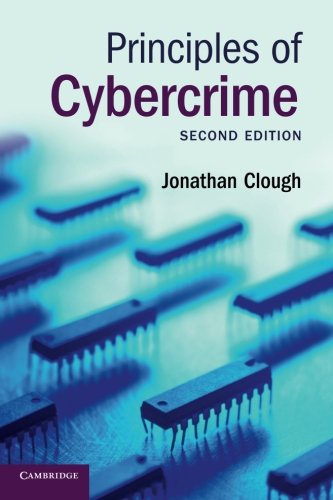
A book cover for Principles of Cybercrime; Jonathan Clough; Computers & Technology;